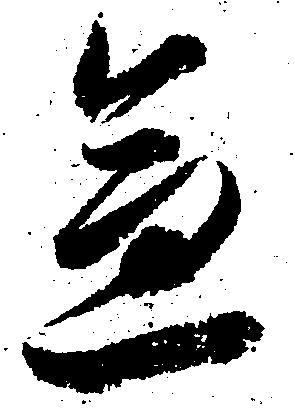
急